Annual returns of the Patna Lunatic Asylum at Bankipore in Bihar and Orissa - 1912-1924
Year: 1912
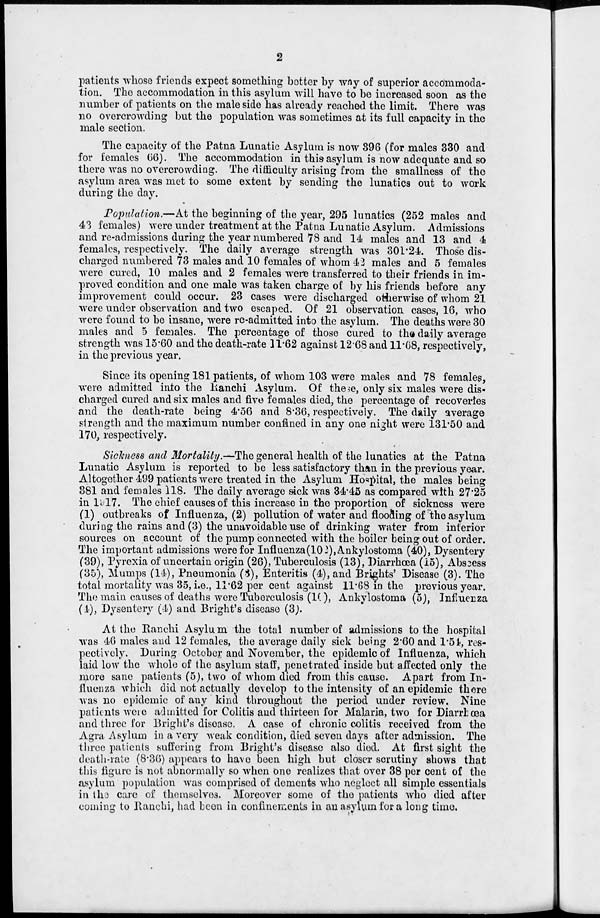
2
patients whose friends expect something better by way of superior accommoda-
tion. The accommodation in this asylum will have to be increased soon as the
number of patients on the male side has already reached the limit. There was
no overcrowding but the population was sometimes at its full capacity in the
male section.
The capacity of the Patna Lunatic Asylum is now 396 (for males 330 and
for females 66). The accommodation in this asylum is now adequate and so
there was no overcrowding. The difficulty arising from the smallness of the
asylum area was met to some extent by sending the lunatics out to work
during the day.
Population.—At the beginning of the year, 295 lunatics (252 males and
43 females) were under treatment at the Patna Lunatic Asylum. Admissions
and re-admissions during the year numbered 78 and 14 males and 13 and 4
females, respectively. The daily average strength was 301.24. Those dis-
charged numbered 73 males and 10 females of whom 42 males and 5 females
were cured, 10 males and 2 females were transferred to their friends in im-
proved condition and one male was taken charge of by his friends before any
improvement could occur. 23 cases were discharged otherwise of whom 21
were under observation and two escaped. Of 21 observation cases, 16, who
were found to be insane, were re-admitted into the asylum. The deaths were 30
males and 5 females. The percentage of those cured to the daily average
strength was 15.60 and the death-rate 11.62 against 12.68 and 11.68, respectively,
in the previous year.
Since its opening 181 patients, of whom 103 were males and 78 females,
were admitted into the Ranchi Asylum. Of these, only six males were dis-
charged cured and six males and five females died, the percentage of recoveries
and the death-rate being 4.56 and 8.36, respectively. The daily average
strength and the maximum number confined in any one night were 131.50 and
170, respectively.
Sickness and Mortality.—The general health of the lunatics at the Patna
Lunatic Asylum is reported to be less satisfactory than in the previous year.
Altogether 499 patients were treated in the Asylum Hospital, the males being
381 and females 118. The daily average sick was 34.45 as compared with 27.25
in 1917. The chief causes of this increase in the proportion of sickness were
(1) outbreaks of Influenza, (2) pollution of water and flooding of the asylum
during the rains and (3) the unavoidable use of drinking water from inferior
sources on account of the pump connected with the boiler being out of order.
The important admissions were for Influenza(102), Ankylostoma (40), Dysentery
(39), Pyrexia of uncertain origin (26), Tuberculosis (13), Diarrhœa (15), Abscess
(35), Mumps (14), Pneumonia (8), Enteritis (4), and Brights' Disease (3). The
total mortality was 35, i.e., 11.62 per cent against 11.68 in the previous year.
The main causes of deaths were Tuberculosis (10), Ankylostoma (5), Influenza
(4), Dysentery (4) and Bright's disease (3).
At the Ranchi Asylum the total number of admissions to the hospital
was 46 males and 12 females, the average daily sick being 2.60 and 1.54, res-
pectively. During October and November, the epidemic of Influenza, which
laid low the whole of the asylum staff, penetrated inside but affected only the
more sane patients (5), two of whom died from this cause. Apart from In-
fluenza which did not actually develop to the intensity of an epidemic there
was no epidemic of any kind throughout the period under review. Nine
patients were admitted for Colitis and thirteen for Malaria, two for Diarrhœa
and three for Bright's disease. A case of chronic colitis received from the
Agra Asylum in a very weak condition, died seven days after admission. The
three patients suffering from Bright's disease also died. At first sight the
death-rate (8.36) appears to have been high but closer scrutiny shows that
this figure is not abnormally so when one realizes that over 38 per cent of the
asylum population was comprised of dements who neglect all simple essentials
in the care of themselves. Moreover some of the patients who died after
coming to Ranchi, had been in confinements in an asylum for a long time.